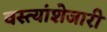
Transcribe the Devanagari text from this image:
वस्त्यांशेजारी